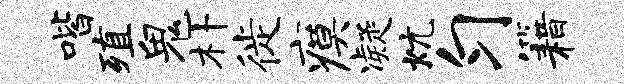
喈殖鬼朴徙瘼凝炕匀籍